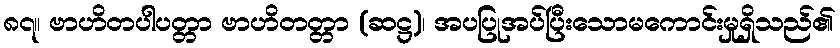
၈၇။ ဗာဟိတပါပတ္တာ ဗာဟိတတ္တာ (ဆဋ္ဌ)၊ အပပြုအပ်ပြီးသောမကောင်းမှုရှိသည်၏